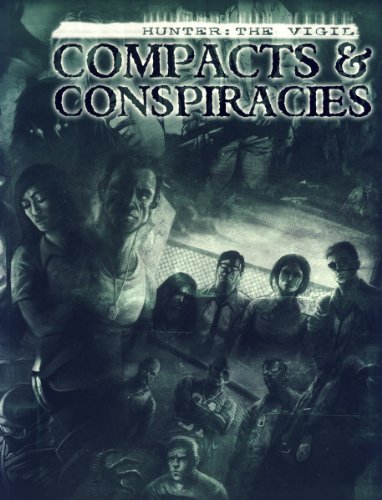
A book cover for Compacts & Conspiracies*OP; White Wolf; Science Fiction & Fantasy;